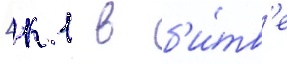
[к 1 в б'и́тв'е